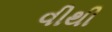
વીથી